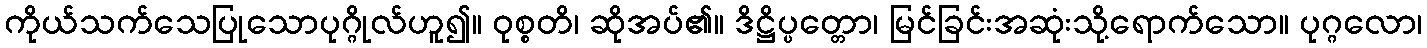
ကိုယ်သက်သေပြုသောပုဂ္ဂိုလ်ဟူ၍။ ဝုစ္စတိ၊ ဆိုအပ်၏။ ဒိဋ္ဌိပ္ပတ္တော၊ မြင်ခြင်းအဆုံးသို့ရောက်သော။ ပုဂ္ဂလော၊